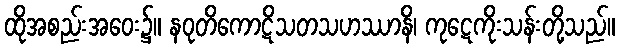
ထိုအစည်းအဝေး၌။ နဝုတိကောဋိသတသဟဿာနိ၊ ကုဋေကိုးသန်းတို့သည်။